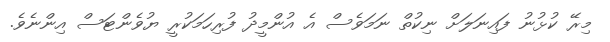
މިރޭ ކުޅުނު ފައިނަލަށް ނިކުތް ނަމަވެސް އެ އުންމީދު ފުރިހަމަކުރީ ޔުވެންޓަސް އިންނެވެ.